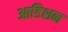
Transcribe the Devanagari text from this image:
आडिशन